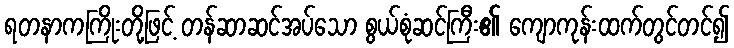
ရတနာကကြိုးတို့ဖြင့် တန်ဆာဆင်အပ်သော စွယ်စုံဆင်ကြီး၏ ကျောကုန်းထက်တွင်တင်၍